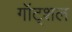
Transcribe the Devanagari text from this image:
गॉट्शल